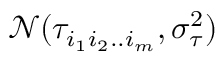
\mathcal { N } ( \tau _ { i _ { 1 } i _ { 2 } . . i _ { m } } , \sigma _ { \tau } ^ { 2 } )